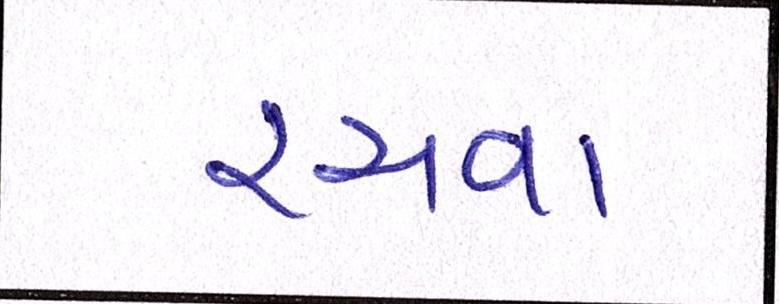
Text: રચવા